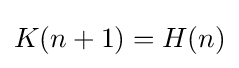
K(n+1)=H(n)